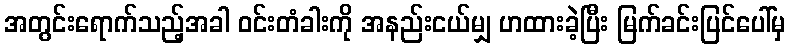
အတွင်းရောက်သည့်အခါ ဝင်းတံခါးကို အနည်းငယ်မျှ ဟထားခဲ့ပြီး မြက်ခင်းပြင်ပေါ်မှ